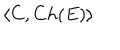
\langle C , C h ( E ) \rangle